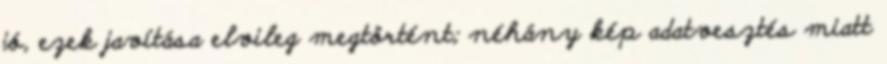
jó, ezek javítása elvileg megtörtént; néhány kép adatvesztés miatt